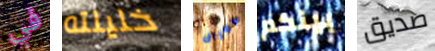
في خليلته كورال بينكم صديق